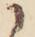
に